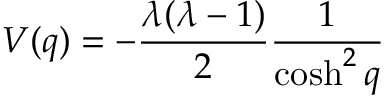
V ( q ) = - \frac { \lambda ( \lambda - 1 ) } { 2 } \frac { 1 } { \cosh ^ { 2 } q }